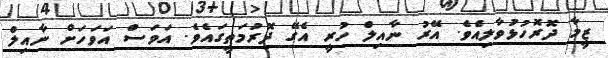
ޒީމާ ދޮރޮހުޅުވާލިއެވެ. އޭރު ނާއިލް ހުރީ އެގޭ ދޮރުމަތީގައެވެ. އަވަސް އަވަހަށް ނާއިލް